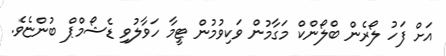
އަށް ފަހު ލޯރެން ބްލޯންކް މަގާމުން ވަކިވުމުން ޓީމާ ހަވާލުވި ޑެޝޯމްޕް ބުންޏެވެ.